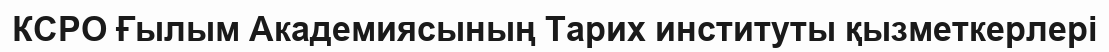
КСРО Ғылым Академиясының Тарих институты қызметкерлері